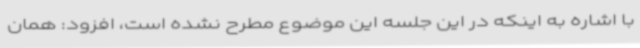
با اشاره به اینکه در این جلسه این موضوع مطرح نشده است، افزود: همان